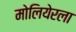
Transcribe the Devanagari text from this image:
मोलियेरला